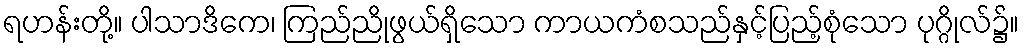
ရဟန်းတို့။ ပါသာဒိကေ၊ ကြည်ညိုဖွယ်ရှိသော ကာယကံစသည်နှင့်ပြည့်စုံသော ပုဂ္ဂိုလ်၌။